Madras plague regulations in force outside the Presidency town - Volume 1
Disease focus: Plague
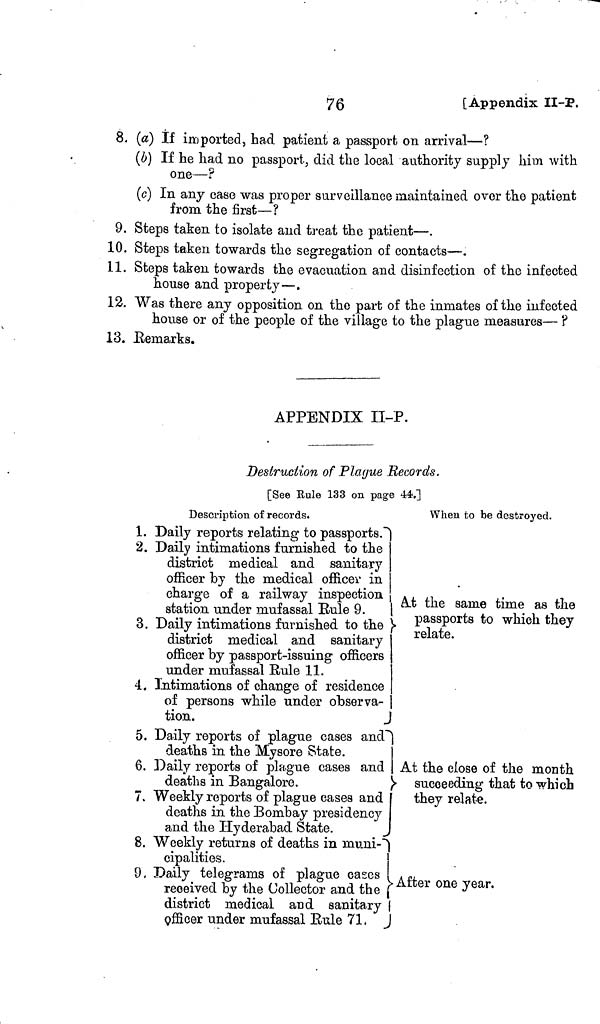
76
[Appendix II-P.
8. (a) If imported, had patient a passport on arrival—?
(b) If ne had no passport, did the local authority supply him with
one—?
(c) In any case was proper surveillance maintained over the patient
from the first—?
9. Steps taken to isolate and treat the patient—.
10. Steps taken towards the segregation of contacts—.
11. Steps taken towards the evacuation and disinfection of the infected
house and property—.
12. Was there any opposition on the part of the inmates of the infected
house or of the people of the village to the plague measures— ?
13. .Remarks.
APPENDIX II-P.
Destruction of Plague Records.
[See Rule 133 on page 44.]
Description of records.
1. Daily reports relating to passports."
2. Daily intimations furnished to the
district medical and sanitary
officer by the medical officer in
charge of a railway inspection
station under mufassal Eule 9. |
3. Daily intimations furnished to the \
district medical and sanitary
officer by passport-issuing officers
under mufassal Rule 11.
4. Intimations of change of residence
of persons while under observa-
tion.
J
5. Daily reports of plague cases and"
deaths in the Mysore State.
6. Daily reports of plague cases and
deaths in Bangalore.
7. Weekly reports of plague cases and
deaths in the Bombay presidency
and the Hyderabad State.
8. Weekly returns of deaths in muni-"
cipalities.
9, Daily telegrams of plague cases
received by the Collector and the
district medical and sanitary
officer under mufassal Eule 71.
When to be destroyed.
At the same time as the
passports to which they
relate.
At the close of the month
succeeding that to which
they relate.
After one year.